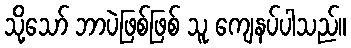
သို့သော် ဘာပဲဖြစ်ဖြစ် သူ ကျေနပ်ပါသည်။